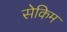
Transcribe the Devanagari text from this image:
सेकिम